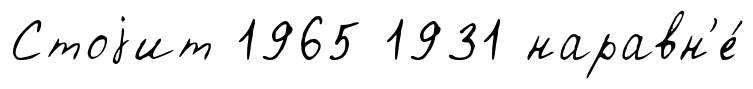
Стоjит 1965 1931 наравн'е́